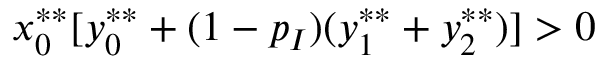
x _ { 0 } ^ { * * } [ y _ { 0 } ^ { * * } + ( 1 - p _ { I } ) ( y _ { 1 } ^ { * * } + y _ { 2 } ^ { * * } ) ] > 0